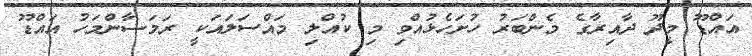
އައްޑޫ މީދޫ ދާއިރާގެ މެންބަރު ހުށަހެޅުއްވި މި ކުއްލި މައްސަލައަކީ ރަމަޟާންމަހު އައްޑޫ